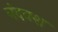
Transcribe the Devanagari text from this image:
नंदवश